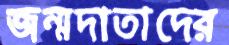
জন্মদাতাদের